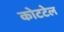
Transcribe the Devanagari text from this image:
कोटटेल